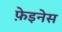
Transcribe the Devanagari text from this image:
फ़ेइनेस